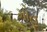
મોહ